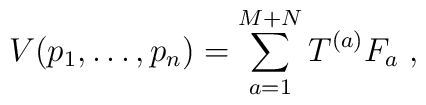
V(p_1, \ldots , p_n) =\sum\limits_{a=1}^{M+N} T^{(a)} F_a\ ,